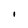
Character: I